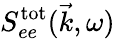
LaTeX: S_{ee}^{\mathrm{tot}}(\vec{k},\omega)